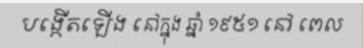
បង្កើតឡើង នៅក្នុង ឆ្នាំ ១៩៥១ នៅ ពេល